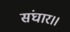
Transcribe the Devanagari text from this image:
संघार।।